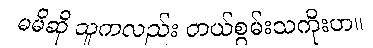
မမိဆို သူကလည်း တယ်စွမ်းသကိုးဟ။